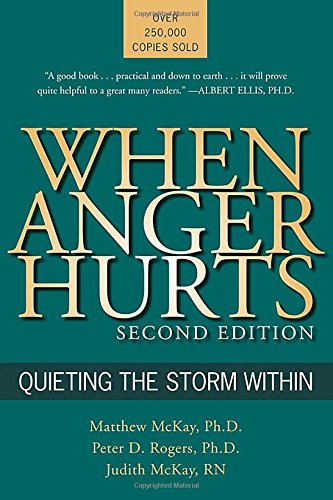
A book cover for When Anger Hurts: Quieting the Storm Within, 2nd Edition; Matthew McKay PhD; Self-Help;